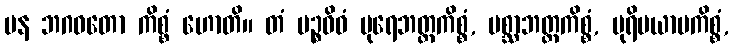
ပန ဘဂဝတော ကိစ္စံ ဟောတိ။ တံ ပဉ္စဝိဓံ ပုရေဘတ္တကိစ္စံ, ပစ္ဆာဘတ္တကိစ္စံ, ပုရိမယာမကိစ္စံ,